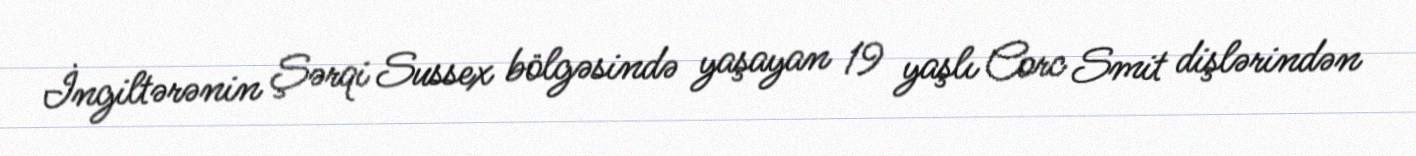
İngiltərənin Şərqi Sussex bölgəsində yaşayan 19 yaşlı Corc Smit dişlərindən